Calcutta medical institutions reports 1892-1900
Year: 1892
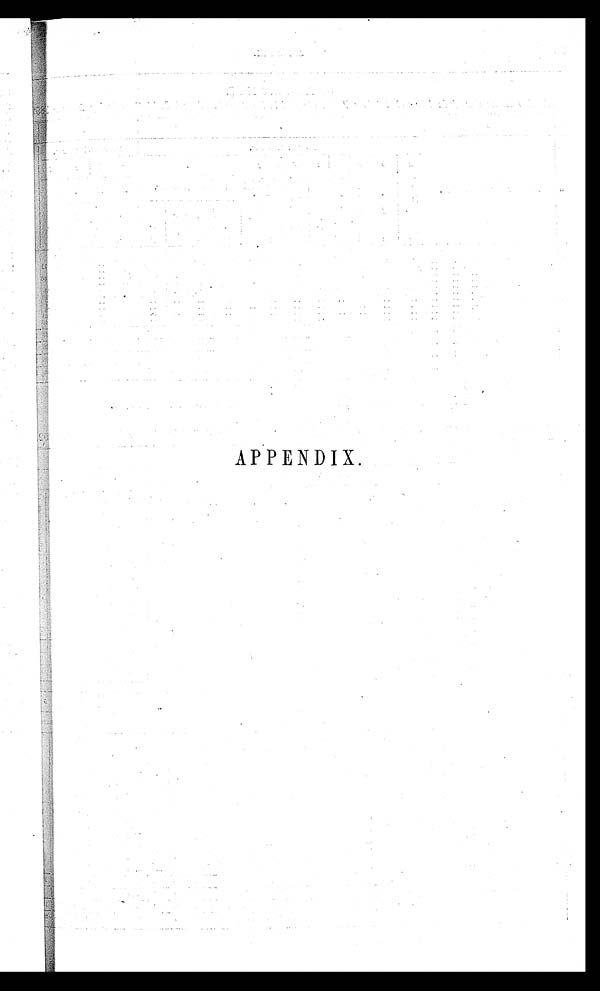
APPENDIX.